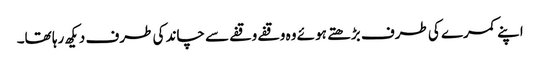
اپنے کمرے کی طرف بڑھتے ہوئے وہ وقفے وقفے سے چاند کی طرف دیکھ رہا تھا۔